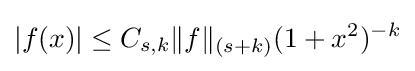
|f(x)|\leq C_{s,k}\|f\|_{(s+k)}(1+x^{2})^{-k}